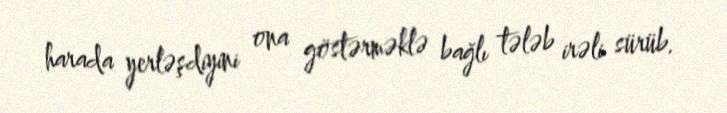
harada yerləşdiyini ona göstərməklə bağlı tələb irəli sürüb.